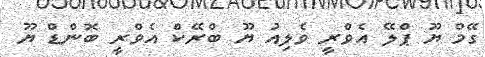
ގޭމް ޔޫ ޕްލޭ އެވްރީ ވެލިއު ޔޫ ބްރޭކް އެވްރީ ބޮންޑް ޔޫ